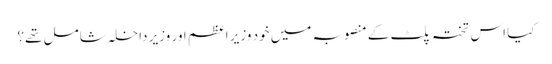
کیا اس تختہ پلٹ کے منصوبہ میں خود وزیر اعظم اور وزیر داخلہ شامل تھے؟